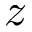
z